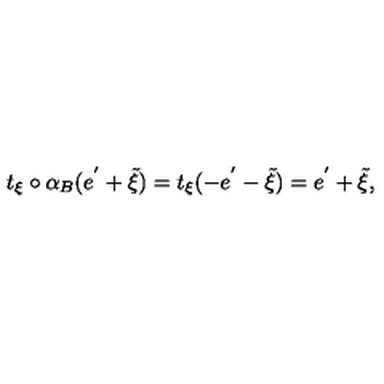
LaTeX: t _ { \xi } \circ \alpha _ { B } ( e ^ { ' } + \tilde { \xi } ) = t _ { \xi } ( - e ^ { ' } - \tilde { \xi } ) = e ^ { ' } + \tilde { \xi } ,